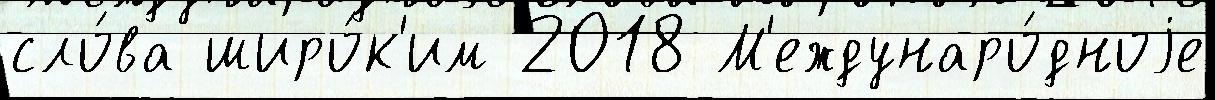
сло́ва широ́к'им 2018 М'еждунаро́дноjе